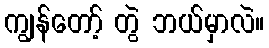
ကျွန်တော့် တွဲ ဘယ်မှာလဲ။